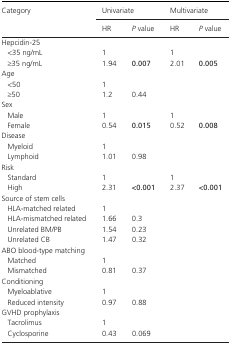
<table><thead><tr><td rowspan="2"><b>Category</b></td><td colspan="2"><b>Univariate</b></td><td colspan="2"><b>Multivariate</b></td></tr><tr><td><b>HR</b></td><td><b><i>P</i> value</b></td><td><b>HR</b></td><td><b><i>P</i> value</b></td></tr></thead><tbody><tr><td colspan="5">Hepcidin‐25</td></tr><tr><td>&lt;35 ng/mL</td><td>1</td><td></td><td>1</td><td></td></tr><tr><td>≥35 ng/mL</td><td>1.94</td><td><b>0.007</b></td><td>2.01</td><td><b>0.005</b></td></tr><tr><td colspan="5">Age</td></tr><tr><td>&lt;50</td><td>1</td><td></td><td></td><td></td></tr><tr><td>≥50</td><td>1.2</td><td>0.44</td><td></td><td></td></tr><tr><td colspan="5">Sex</td></tr><tr><td>Male</td><td>1</td><td></td><td>1</td><td></td></tr><tr><td>Female</td><td>0.54</td><td><b>0.015</b></td><td>0.52</td><td><b>0.008</b></td></tr><tr><td colspan="5">Disease</td></tr><tr><td>Myeloid</td><td>1</td><td></td><td></td><td></td></tr><tr><td>Lymphoid</td><td>1.01</td><td>0.98</td><td></td><td></td></tr><tr><td colspan="5">Risk</td></tr><tr><td>Standard</td><td>1</td><td></td><td>1</td><td></td></tr><tr><td>High</td><td>2.31</td><td><b>&lt;0.001</b></td><td>2.37</td><td><b>&lt;0.001</b></td></tr><tr><td colspan="5">Source of stem cells</td></tr><tr><td>HLA‐matched related</td><td>1</td><td></td><td></td><td></td></tr><tr><td>HLA‐mismatched related</td><td>1.66</td><td>0.3</td><td></td><td></td></tr><tr><td>Unrelated BM/PB</td><td>1.54</td><td>0.23</td><td></td><td></td></tr><tr><td>Unrelated CB</td><td>1.47</td><td>0.32</td><td></td><td></td></tr><tr><td colspan="5">ABO blood‐type matching</td></tr><tr><td>Matched</td><td>1</td><td></td><td></td><td></td></tr><tr><td>Mismatched</td><td>0.81</td><td>0.37</td><td></td><td></td></tr><tr><td colspan="5">Conditioning</td></tr><tr><td>Myeloablative</td><td>1</td><td></td><td></td><td></td></tr><tr><td>Reduced intensity</td><td>0.97</td><td>0.88</td><td></td><td></td></tr><tr><td colspan="5">GVHD prophylaxis</td></tr><tr><td>Tacrolimus</td><td>1</td><td></td><td></td><td></td></tr><tr><td>Cyclosporine</td><td>0.43</td><td>0.069</td><td></td><td></td></tr></tbody></table>